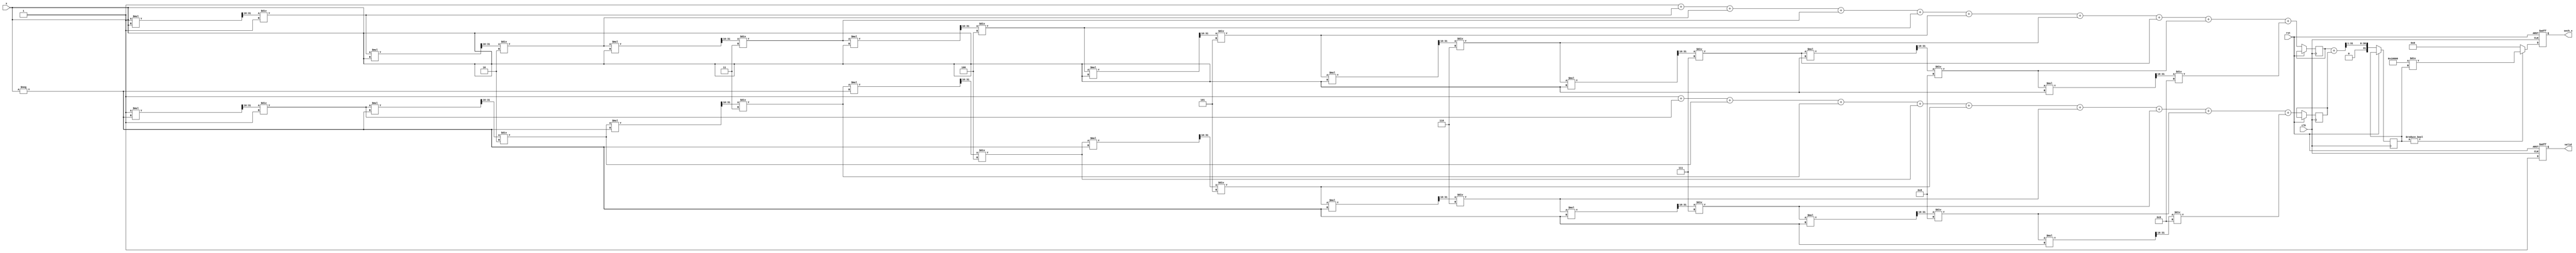
module hyperbolic_secant #(
    parameter WIDTH = 32, // Width of input and output
    parameter FRAC_WIDTH = 16 // Fractional width for fixed-point
)(
    input wire clk,
    input wire rst,
    input wire [WIDTH-1:0] x, // Input value (fixed-point representation)
    output reg [WIDTH-1:0] sech_x, // Output value (fixed-point representation)
    output reg valid // Output valid signal
);

    reg [WIDTH-1:0] e_x;   // Exponential of x
    reg [WIDTH-1:0] e_neg_x; // Exponential of -x
    reg [WIDTH-1:0] cosh_x;   // Hyperbolic cosine

    // Simple fixed-point exponential calculation
    function [WIDTH-1:0] fixed_exp;
        input [WIDTH-1:0] value;
        integer i;
        reg [WIDTH-1:0] term;
        reg [WIDTH-1:0] result;
        begin
            // Taylor series expansion for e^x, limited to a few terms for simplicity
            result = 0;
            term = 1; // First term (x^0 / 0!)
            for (i = 0; i < 10; i = i + 1) begin
                result = result + term;
                term = (term * value) >> FRAC_WIDTH; // Multiply by x and shift for fixed-point
                term = term / (i + 1); // Divide by factorial
            end
            fixed_exp = result;
        end
    endfunction

    always @(posedge clk or posedge rst) begin
        if (rst) begin
            sech_x <= 0;
            valid <= 0;
        end else begin
            // Calculate e^x and e^-x
            e_x <= fixed_exp(x);
            e_neg_x <= fixed_exp(-x);
            
            // Calculate cosh(x) = (e^x + e^-x) / 2
            cosh_x <= (e_x + e_neg_x) >> 1;

            // Avoid division by zero
            if (cosh_x != 0) begin
                // Calculate sech(x) = 1 / cosh(x) using a simple reciprocal
                sech_x <= (1 << FRAC_WIDTH) / cosh_x; // Assuming fixed-point representation where 1 represented in frac
            end else begin
                sech_x <= 0; // Undefined behavior handling
            end
            
            valid <= 1;
        end
    end

endmodule